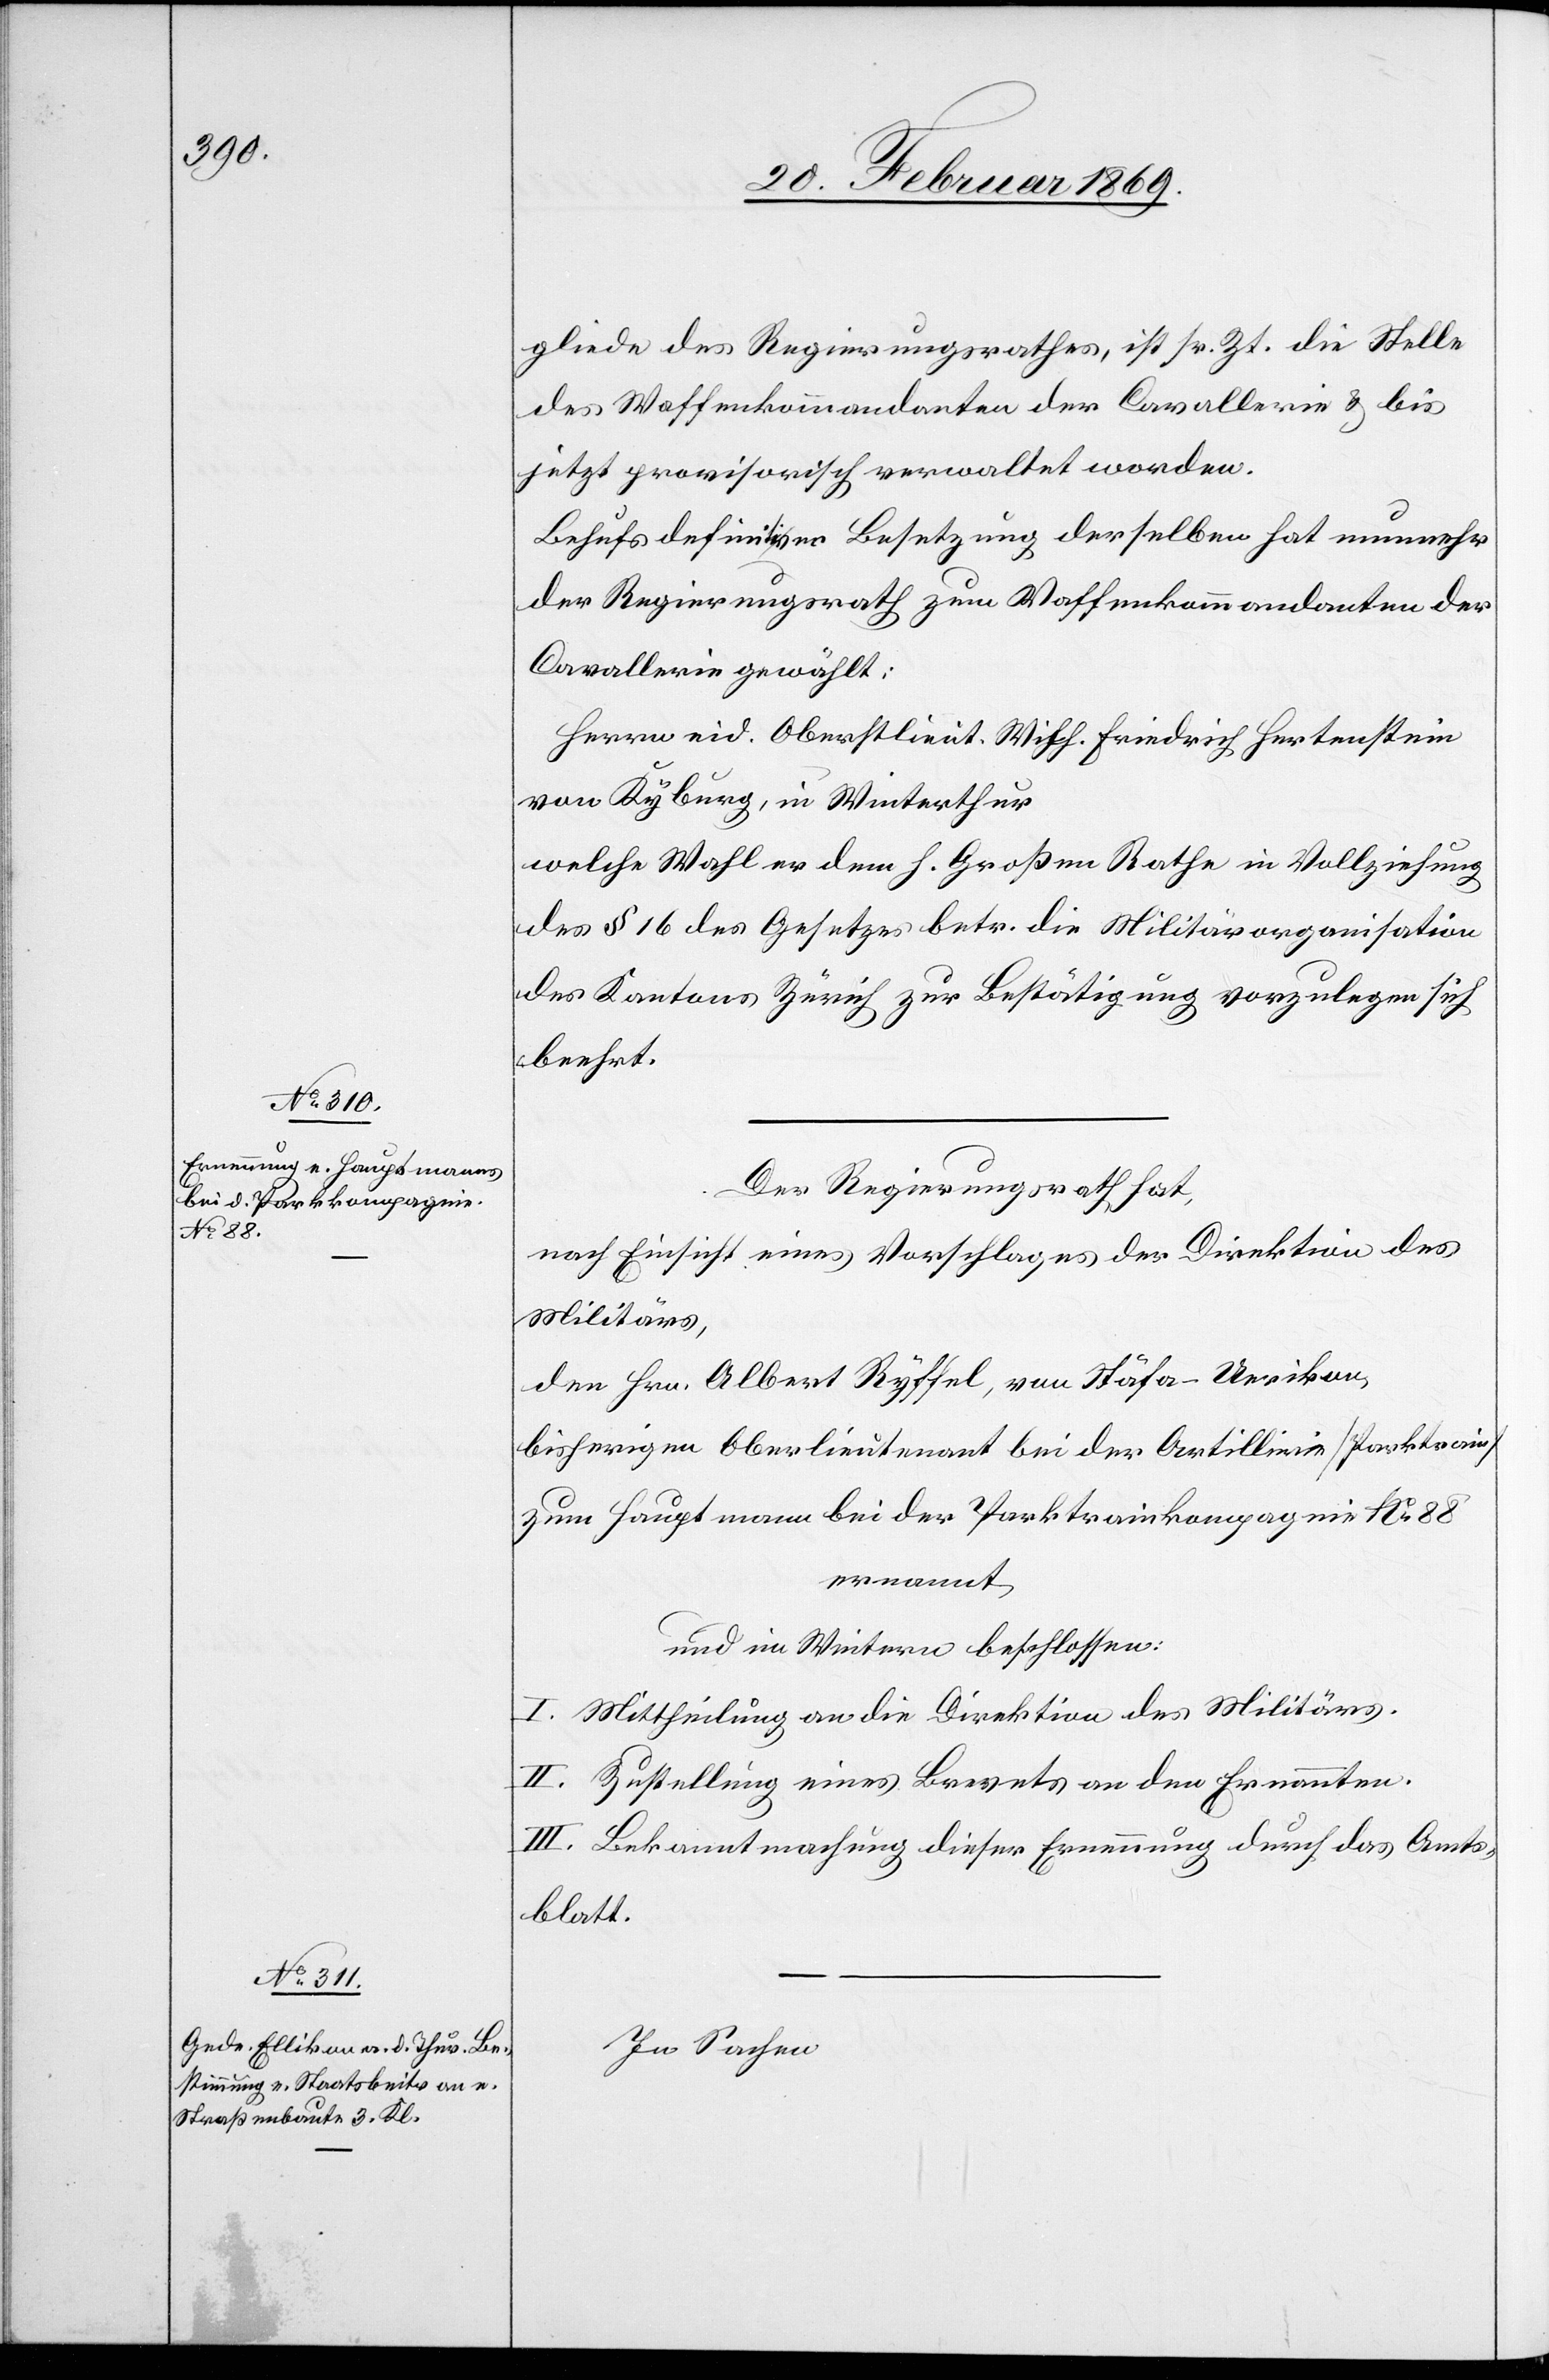
gliede des Regierungsrathes, ist sr. Zt. die Stelle
des Waffenkommandanten der Cavallerie & bis
jetzt provisorisch verwaltet worden.
Behufs definitiver Besetzung derselben hat nunmehr
der Regierungsrath zum Waffenkommandanten der
Cavallerie gewählt:
Herren eid. Oberstlieut. Wilh. Friedrich Hertenstein
von Kyburg, in Winterthur
welche Wahl er dem h. Großen Rathe in Vollziehung
des § 16 des Gesetzes betr. die Militärorganisation
des Kantons Zürich zur Bestätigung vorzulegen sich
beehrt.
Der Regierungsrath hat,
nach Einsicht eines Vorschlages der Direktion des
Militärs,
den Hrn. Albert Ryffel, von Stäfa-Uerikon,
bisherigen Oberlieutnant bei der Artillerie [Parktrain]
zum Hauptmann bei der Parktrainkompagnie N 88
ernannt
und im Weitern beschlossen:
I. Mittheilung an die Direktion des Militärs.
II. Zustellung eines Brevets an den Ernannten.
III. Bekanntmachung dieser Ernennung durch das Amts¬
blatt.
In Sachen